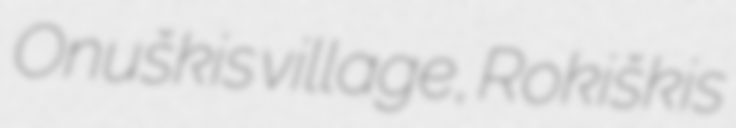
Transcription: Onuškis village, Rokiškis